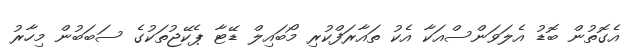
އެގޮތުން ބޮޑު އެލަވަންސްއަކާ އެކު ތައާރަފްކުރި މޯބައިލް ޑޭޓާ ޕެކޭޖުތަކުގެ ސަބަބުން މިހާރު